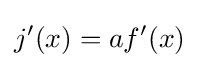
j^{\prime }(x)=af^{\prime }(x)